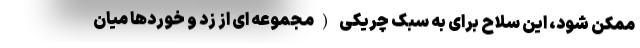
ممکن شود، این سلاح برای به سبک چریکی (مجموعه ای از زد و خوردها میان